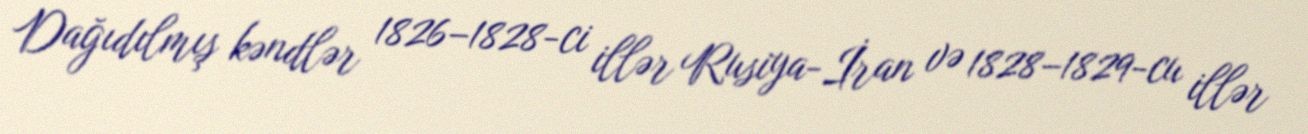
Dağıdılmış kəndlər 1826–1828-ci illər Rusiya-İran və 1828–1829-cu illər